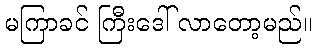
မကြာခင် ကြီးဒေါ် လာတော့မည်။